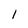
Character: 1